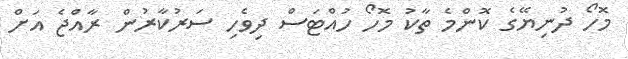
މޮހޯ ދުނިޔޭގެ ކޮންމެ ތާކު މޮހޯ ހުއްޓަސް ދިވެހި ސަރުކާރުން ރާއްޖެ އަށް